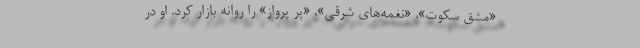
«مشق سکوت»، «نغمه‌های شرقی»، «پر پرواز» را روانه بازار کرد. او در